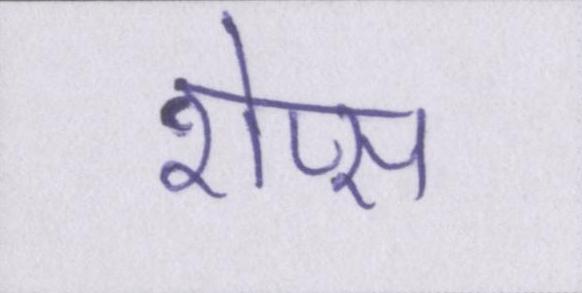
शेप्स